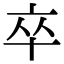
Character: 卒